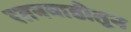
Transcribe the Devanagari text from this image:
रतनवाडीतून